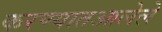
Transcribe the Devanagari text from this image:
करण्यातआलेले